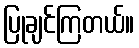
ပြုချင်ကြတယ်။